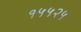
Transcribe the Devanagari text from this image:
१५५२५